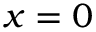
x = 0